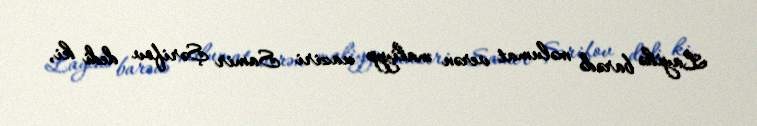
Layihə barədə məlumat verən maliyyə naziri Samir Şərifov dedi ki,